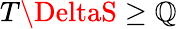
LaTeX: T\DeltaS\ge\mathbb{Q}